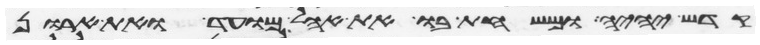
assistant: קדש יהיה ומשחת בו את אהל מועד ואת ארון